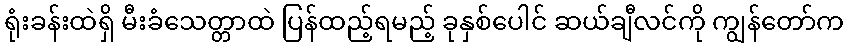
ရုံးခန်းထဲရှိ မီးခံသေတ္တာထဲ ပြန်ထည့်ရမည့် ခုနှစ်ပေါင် ဆယ်ချီလင်ကို ကျွန်တော်က